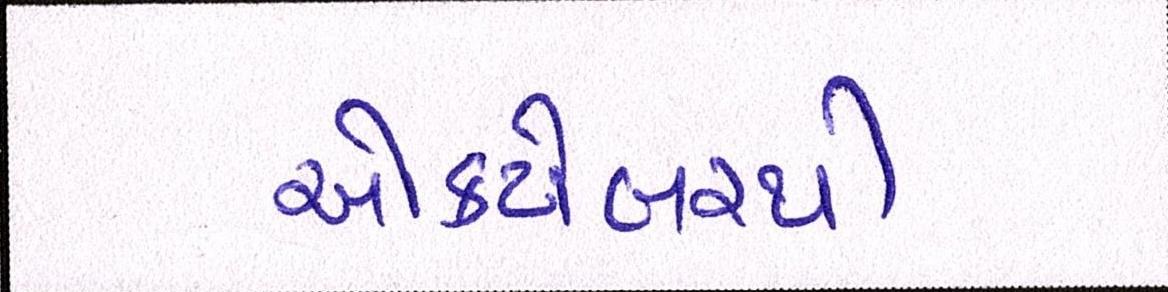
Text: ઓક્ટોબરથી